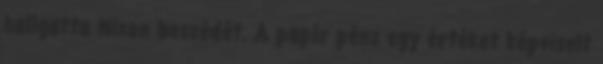
hallgatta Nixon beszédét. A papír pénz egy értéket képviselt